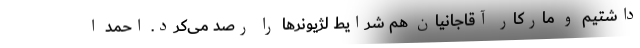
داشتیم و مارکار آقاجانیان هم شرایط لژیونرها را رصد می‌کرد. احمد ا